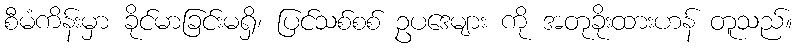
စီမံကိန်းမှာ ခိုင်မာခြင်းမရှိ၊ ပြင်သစ်စစ် ဥပဒေများ ကို အတုခိုးထားဟန် တူသည်။